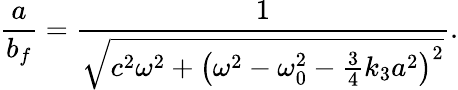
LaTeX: \frac{a}{b_{f}}=\frac{1}{\sqrt{c^{2}\omega^{2}+\left(\omega^{2}-\omega_{0}^{2}-\frac{3}{4}k_{3}a^{2}\right)^{2}}}.